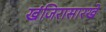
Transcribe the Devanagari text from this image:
खंजिरासारखे